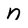
Character: n